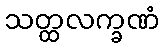
သတ္ထလက္ခဏံ